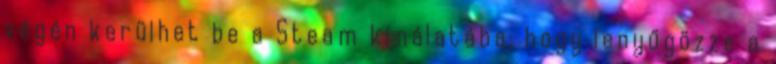
végén kerülhet be a Steam kínálatába, hogy lenyűgözze a